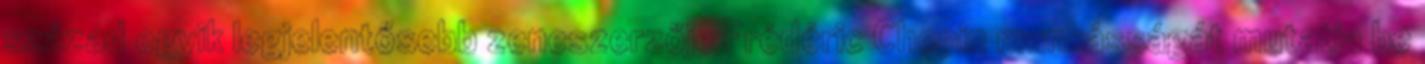
század egyik legjelentősebb zeneszerzője Frédéric Chopin munkásságát mutatja be